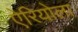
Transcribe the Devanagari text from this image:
ऐरियोला